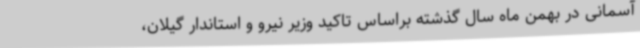
آسمانی در بهمن ماه سال گذشته براساس تاکید وزیر نیرو و استاندار گیلان،